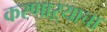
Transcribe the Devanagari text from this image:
करणाऱ्याचा